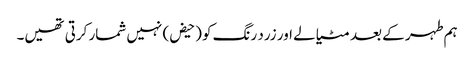
ہم طہر کے بعد مٹیالے اور زرد رنگ کو (حیض) نہیں شمار کرتی تھیں۔